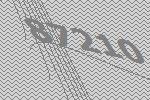
87210